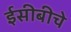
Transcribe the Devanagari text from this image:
ईसीबीचे